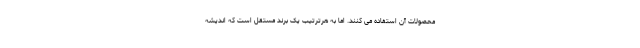
محصولات آن استفاده می کنند. اما به هرترتیب یک برند مستقل است که اندیشه